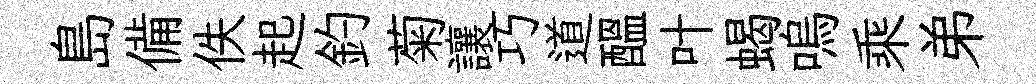
島備佚起釣菊讓巧道醖叶蝎嗚乘弟